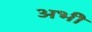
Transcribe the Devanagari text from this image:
अभीे